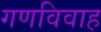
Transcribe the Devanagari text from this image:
गणविवाह